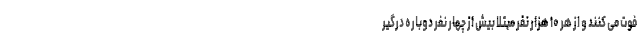
فوت می کنند و از هر ۱۰ هزار نفر مبتلا بیش از چهار نفر دوباره درگیر